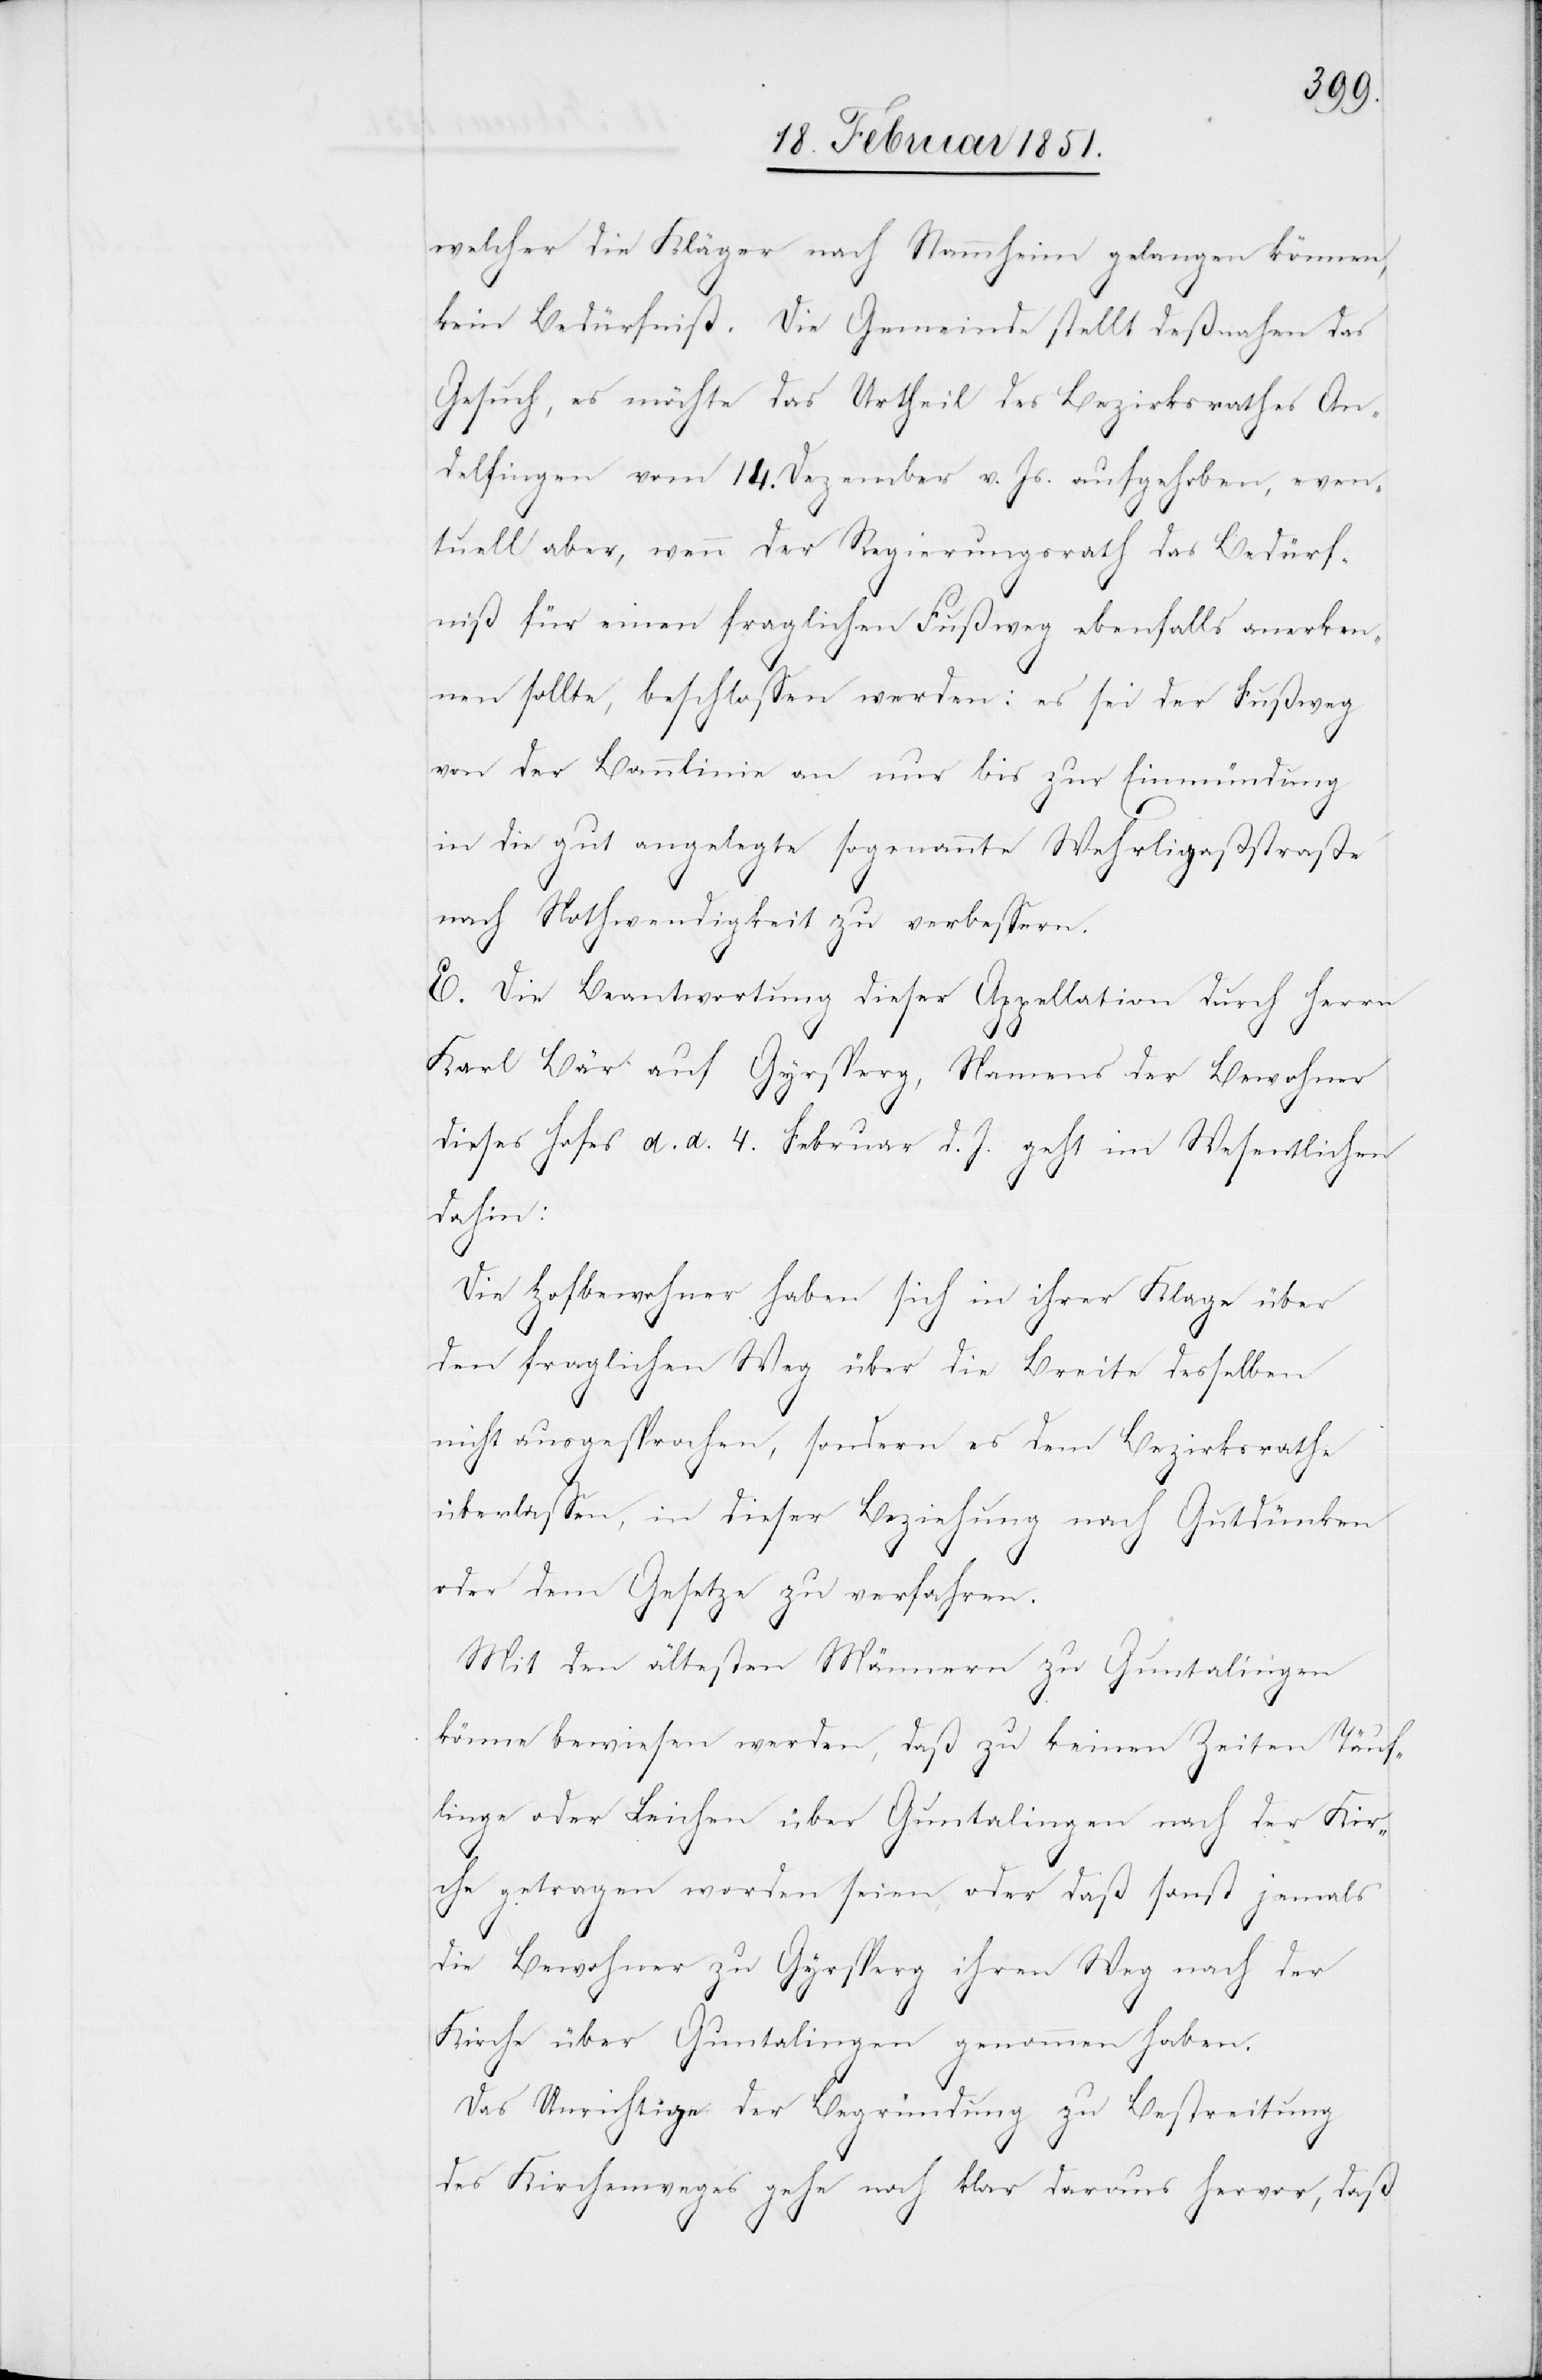
welcher die Kläger nach Stammheim gelangen können,
kein Bedürfniß. Die Gemeinde stellt deßnahen das
Gesuch, es möchte das Urtheil des Bezirksrathes An¬
delfingen vom 14. Dezember v. Js. aufgehoben, even¬
tuell aber, wenn der Regierungsrath das Bedürf¬
niß für einen fraglichen Fußweg ebenfalls anerken¬
nen sollte, beschlossen werden: es sei der Fußweg
von der Bannlinie an nur bis zur Einmündung
in die gut angelegte sogenannte Wehrligaßstraße
nach Nothwendigkeit zu verbessern.
E. Die Beantwortung dieser Appellation durch Herrn
Karl Bär auf Gyrsperg, Namens der Bewohner
dieses Hofes d. d. 4. Februar d. J. geht im Wesentlichen
dahin:
Die Hofbewohner haben sich in ihrer Klage über
den fraglichen Weg über die Breite desselben
nicht ausgesprochen, sondern es dem Bezirksrathe
überlassen, in dieser Beziehung nach Gutdünken
oder dem Gesetze zu verfahren.
Mit den ältesten Männern zu Guntalingen
könne bewiesen werden, daß zu keinen Zeiten Täuf¬
linge oder Leichen über Guntalingen nach der Kir¬
che getragen worden seien, oder daß sonst jemals
die Bewohner zu Gyrsperg ihren Weg nach der
Kirche über Guntalingen genommen haben.
Das Unrichtige der Begründung zu Bestreitung
des Kirchenweges gehe noch klar daraus hervor, daß